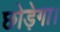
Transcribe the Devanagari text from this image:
छोड़ेगा।